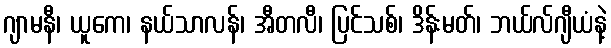
ဂျာမနီ၊ ယူကေ၊ နယ်သာလန်၊ အီတလီ၊ ပြင်သစ်၊ ဒိန်းမတ်၊ ဘယ်လ်ဂျီယံနဲ့